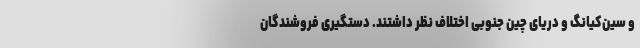
و سین‌کیانگ و دریای چین جنوبی اختلاف نظر داشتند. دستگیری فروشندگان